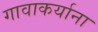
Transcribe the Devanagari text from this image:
गावाकर्याना